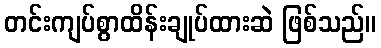
တင်းကျပ်စွာထိန်းချုပ်ထားဆဲ ဖြစ်သည်။